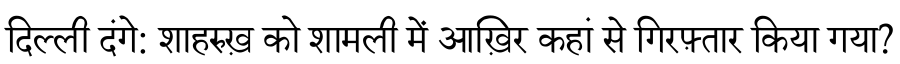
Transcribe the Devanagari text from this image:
दिल्ली दंगे: शाहरुख़ को शामली में आख़िर कहां से गिरफ़्तार किया गया?